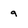
Character: g